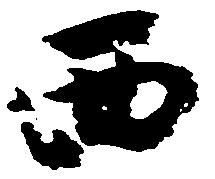
西